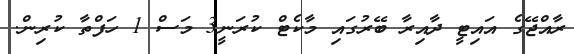
ރާއްޖޭގެ އައިޓީ ދާއިރާ ބޭރުގައި މާކެޓް ކުރަނީ3 މަސް 1 ހަފްތާ ކުރިން.